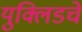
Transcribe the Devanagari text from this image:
युक्लिडचे